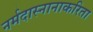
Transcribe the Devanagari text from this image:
नर्मदास्नानाकरिता